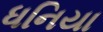
ધનિયા